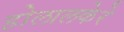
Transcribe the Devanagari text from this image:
होलालकेरे